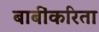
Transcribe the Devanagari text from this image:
बाबींकरिता